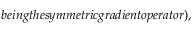
b e i n g t h e s y m m e t r i c g r a d i e n t o p e r a t o r ) ,